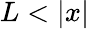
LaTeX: L<|x|